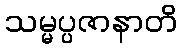
သမ္မပ္ပဇာနာတိ